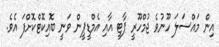
އިން މައްސަލަ ހޫނުވެ ޖުމްހޫރީ ޕާޓީ އާއި އެމްޑީޕީން ވަނީ ބޮއިކޮޓްކޮށްފަ އެވެ.